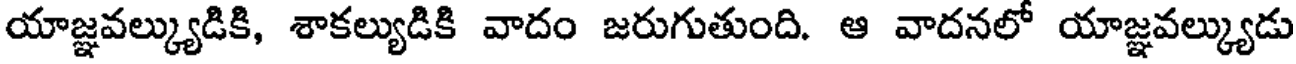
యాజ్ఞవల్క్యుడికి, శాకల్యుడికి వాదం జరుగుతుంది. ఆ వాదనలో యాజ్ఞవల్క్యుడు